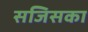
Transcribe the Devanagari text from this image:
सजिसका